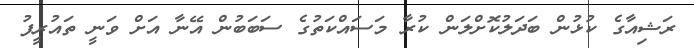
ރަޝިއާގެ ކުޅުން ބަދަލުކޮށްލަން ކުރާ މަސައްކަތުގެ ސަބަބުން އޭނާ އަށް ވަނީ ތައުރީފު